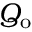
Q _ { \mathrm { o } }